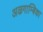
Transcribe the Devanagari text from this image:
अऴगाम्बिका